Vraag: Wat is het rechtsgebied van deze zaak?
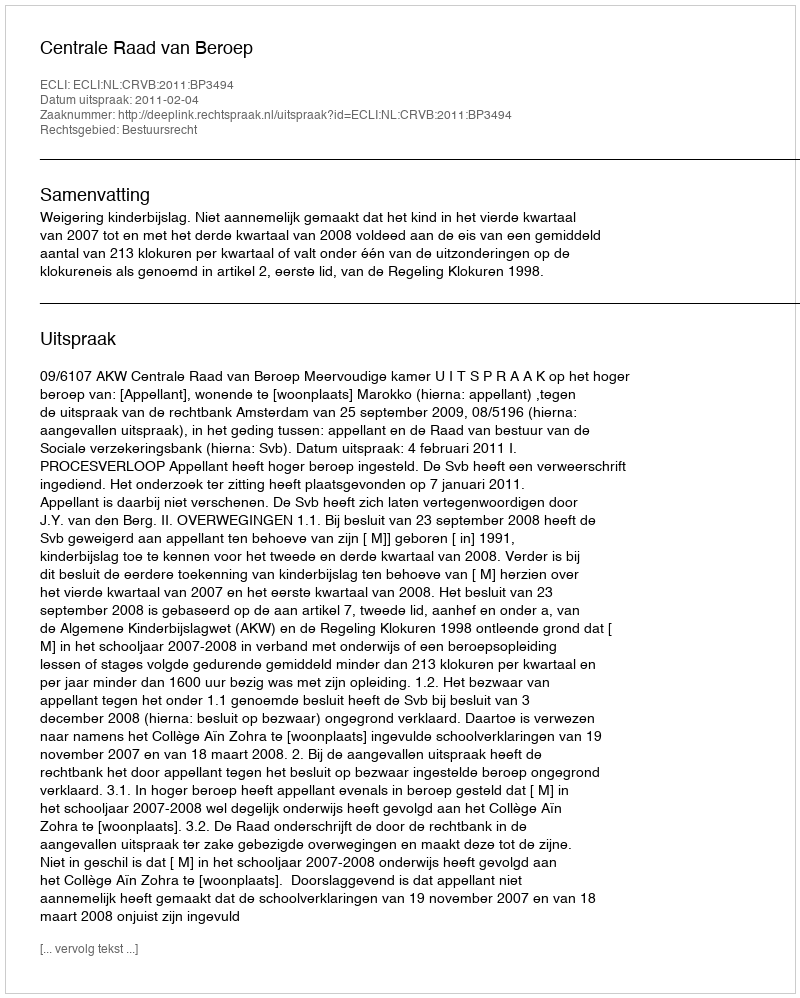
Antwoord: Bestuursrecht